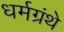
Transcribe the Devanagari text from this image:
धर्मग्रंथे